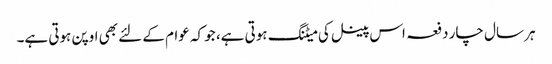
ہر سال چار دفعہ اس پینل کی میٹنگ ہوتی ہے، جو کہ عوام کے لئے بھی اوپن ہوتی ہے۔